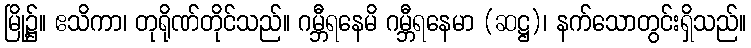
မြို့၌။ ဧသိကာ၊ တုရိုဏ်တိုင်သည်။ ဂမ္ဘီရနေမိ ဂမ္ဘီရနေမာ (ဆဋ္ဌ)၊ နက်သောတွင်းရှိသည်။